Scottish Leaving Certificate Examination, 1956
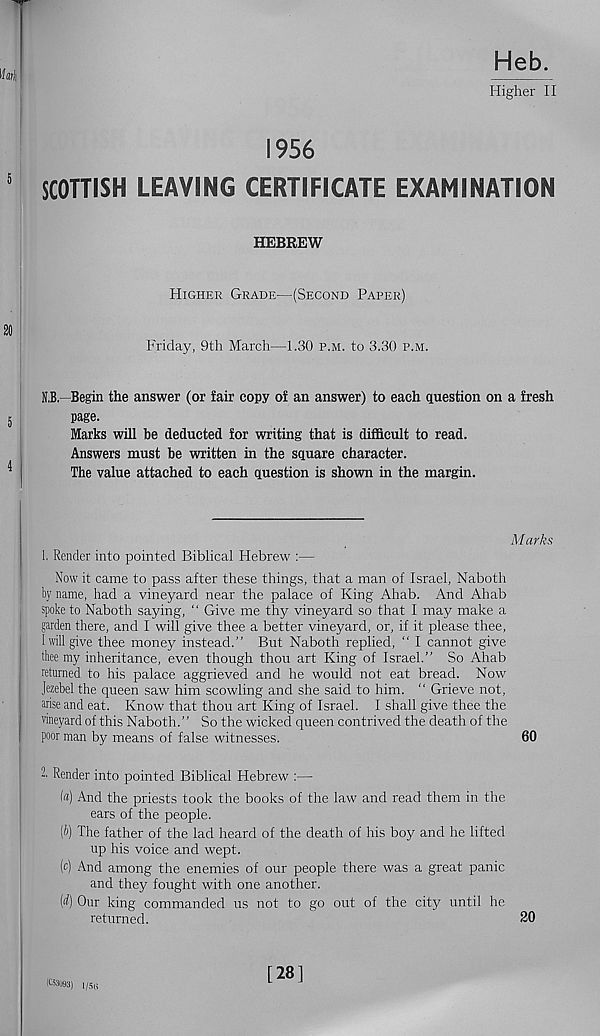
Heb.
Higher II
1956
SCOTTISH LEAVING CERTIFICATE EXAMINATION
HEBREW
Higher Grade—(Second Paper)
Friday, 9th March—1.30 p.m. to 3.30 p.m.
N.B.- Begin the answer (or fair copy of an answer) to each question on a fresh
page.
Marks will be deducted for writing that is difficult to read.
Answers must be written in the square character.
The value attached to each question is shown in the margin.
Marks
1. Render into pointed Biblical Hebrew :—
Now it came to pass after these things, that a man of Israel, Naboth
by name, had a vineyard near the palace of King Ahab. And Ahab
spoke to Naboth saying, ‘ ‘ Give me thy vineyard so that I may make a
garden there, and I will give thee a better vineyard, or, if it please thee,
I will give thee money instead.” But Naboth replied, " I cannot give
thee my inheritance, even though thou art King of Israel.” So Ahab
returned to his palace aggrieved and he would not eat bread. Now
Jezebel the queen saw him scowling and she said to him. “ Grieve not,
arise and eat. Know that thou art King of Israel. I shall give thee the
vineyard of this Naboth.” So the wicked queen contrived the death of the
poor man by means of false witnesses.
60
2. Render into pointed Biblical Hebrew :—
(a) And the priests took the books of the law and read them in the
ears of the people.
(b) The father of the lad heard of the death of his boy and he lifted
up his voice and wept.
(c) And among the enemies of our people there was a great panic
and they fought with one another.
(d) Our king commanded us not to go out of the city until he
returned.
20
1/5K
(CS3093)
[281